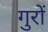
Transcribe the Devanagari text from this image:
गुरों